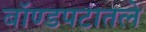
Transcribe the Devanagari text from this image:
बॉण्डपटातले